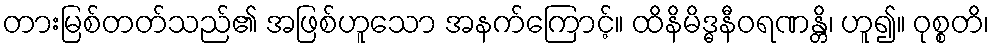
တားမြစ်တတ်သည်၏ အဖြစ်ဟူသော အနက်ကြောင့်။ ထိနိမိဒ္ဓနီဝရဏန္တိ၊ ဟူ၍။ ဝုစ္စတိ၊